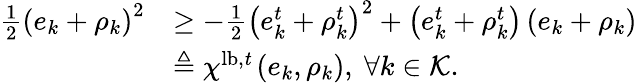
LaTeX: \begin{array}{rl}{\frac{1}{2}\left(e_{k}+\rho_{k}\right)^{2}}&{\geq-\frac{1}{2}\left(e_{k}^{t}+\rho_{k}^{t}\right)^{2}+\left(e_{k}^{t}+\rho_{k}^{t}\right)\left(e_{k}+\rho_{k}\right)}\\ &{\triangleq\chi^{\mathrm{lb,\mathit t}}\left(e_{k},\rho_{k}\right),\ \forall k\in\mathcal K.}\end{array}